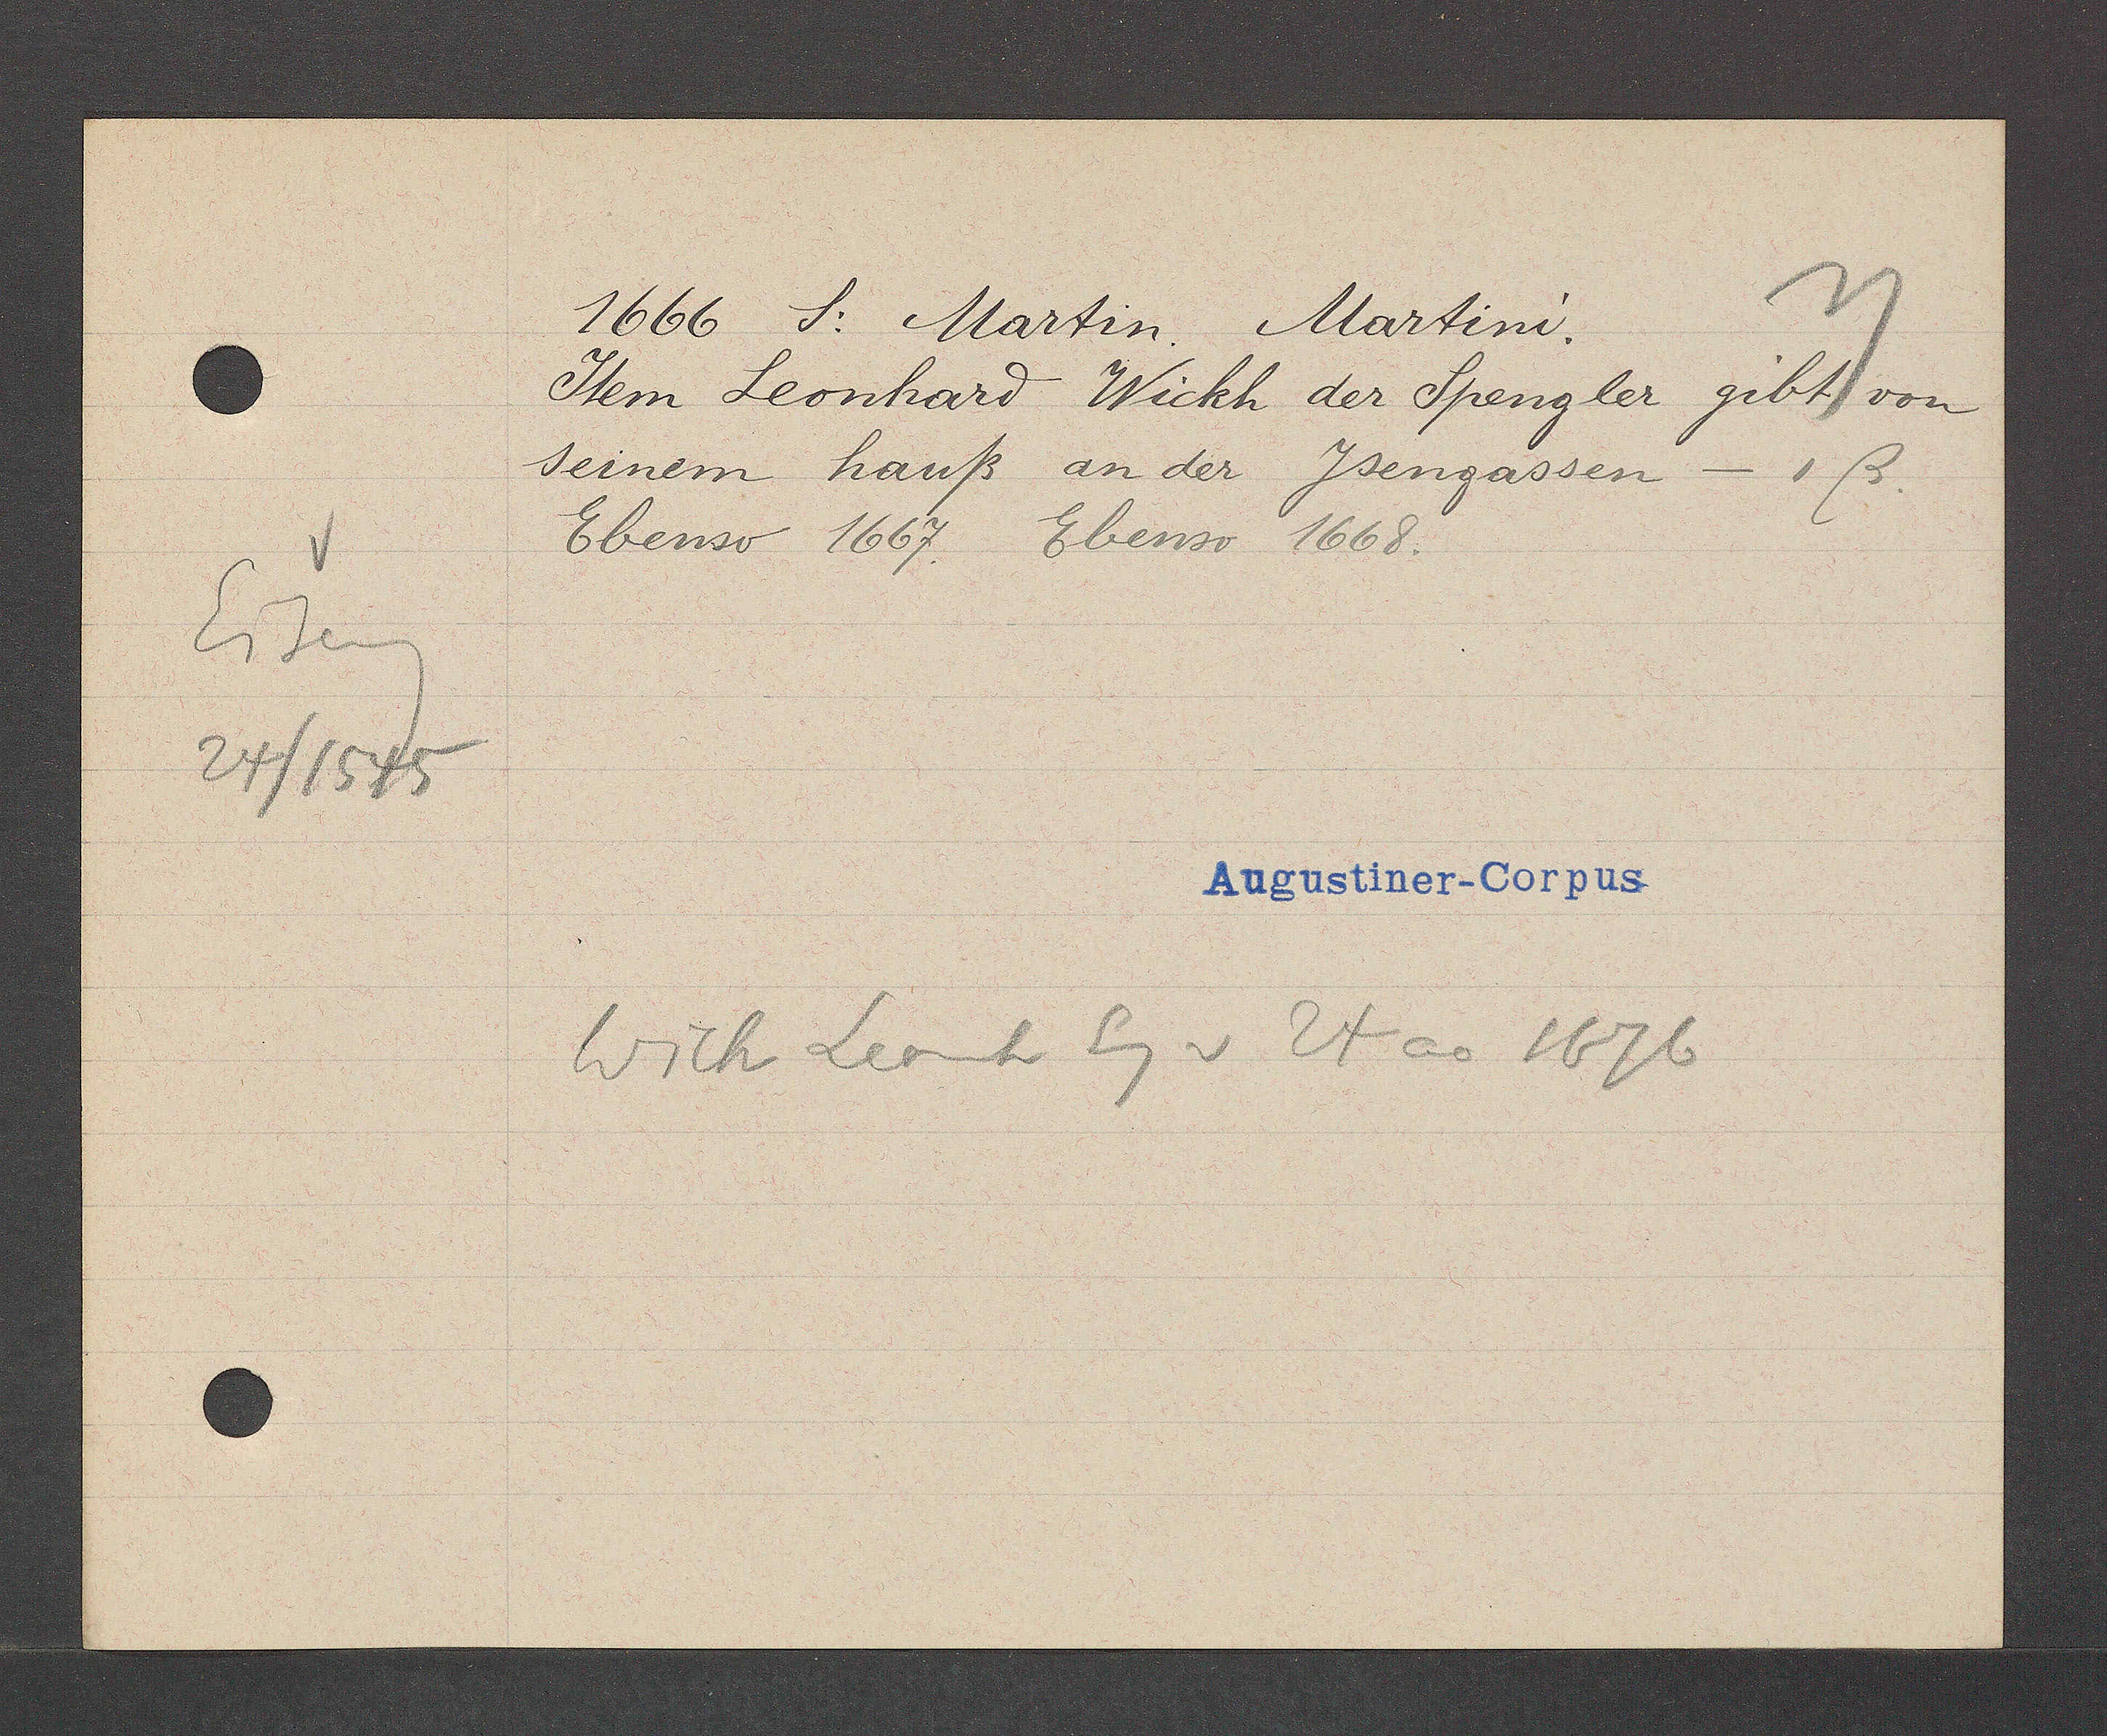
Transcript:
Eiseng
24/1545

1666 S. Martin. Martini.
Jtem Leonhard Wickh der Spengler gibt von
seinem hauß an der Jsengassen - 1ß.
Ebenso 1667. Ebenso 1668.
Wick Leonh Eg v 24ao 1676